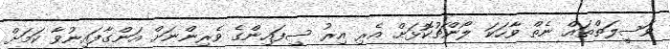
ވަސީލަތްތައް ނެތް ވާހަކަ ލޯންޗުކޮޅަށް އެރި އިރު ސިފައިންގެ ވެރިންނަށް އަންގާފައިނުވާ ކަމަށް